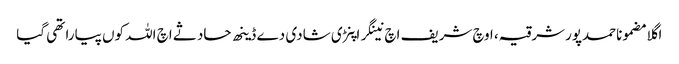
اگلا مضموناحمدپورشرقیہ، اوچ شریف اچ نینگر اپنڑی شادی دے ڈینھ حادثے اچ اللہ کوں پیارا تھی گیا